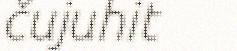
čujuhit